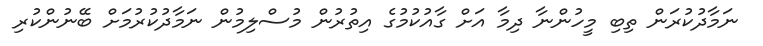
ނަމާދުކުރަން ތިބި މީހުންނާ ދިމާ އަށް ގާއުކުމުގެ އިތުރުން މުސްލިމުން ނަމާދުކުރުމަށް ބޭނުންކުރި